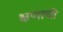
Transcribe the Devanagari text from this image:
क्षणाची